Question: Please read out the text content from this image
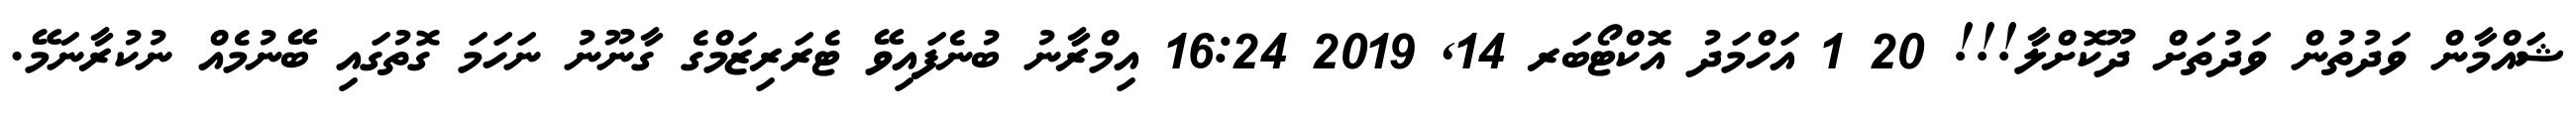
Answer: ޝައްމާން ވަދުތުން ވަދުތަށް ދޫކޮށްލާ!!! 20 1 އަހްމަދު އޮކްޓޯބަރ 14, 2019 16:24 އިމްރާނު ބުނެފައިވޭ ޓެރަރިޒަމްގެ ގާނޫނު ނަހަމަ ގޮތުގައި ބޭނުމެއް ނުކުރާނަމޭ.